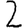
Digit: 2